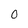
Character: 0